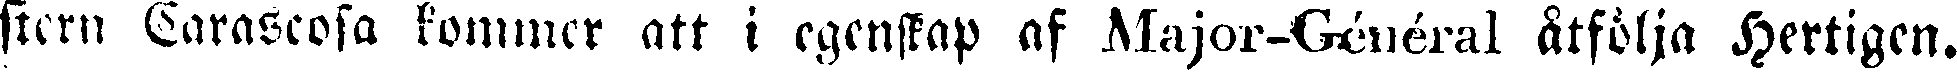
stern Carascosa kommer att i egenskap af Major-Général åtfölja Hertigen.